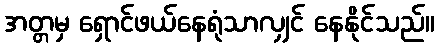
အတ္တမှ ရှောင်ဖယ်နေရုံသာလျှင် နေနိုင်သည်။